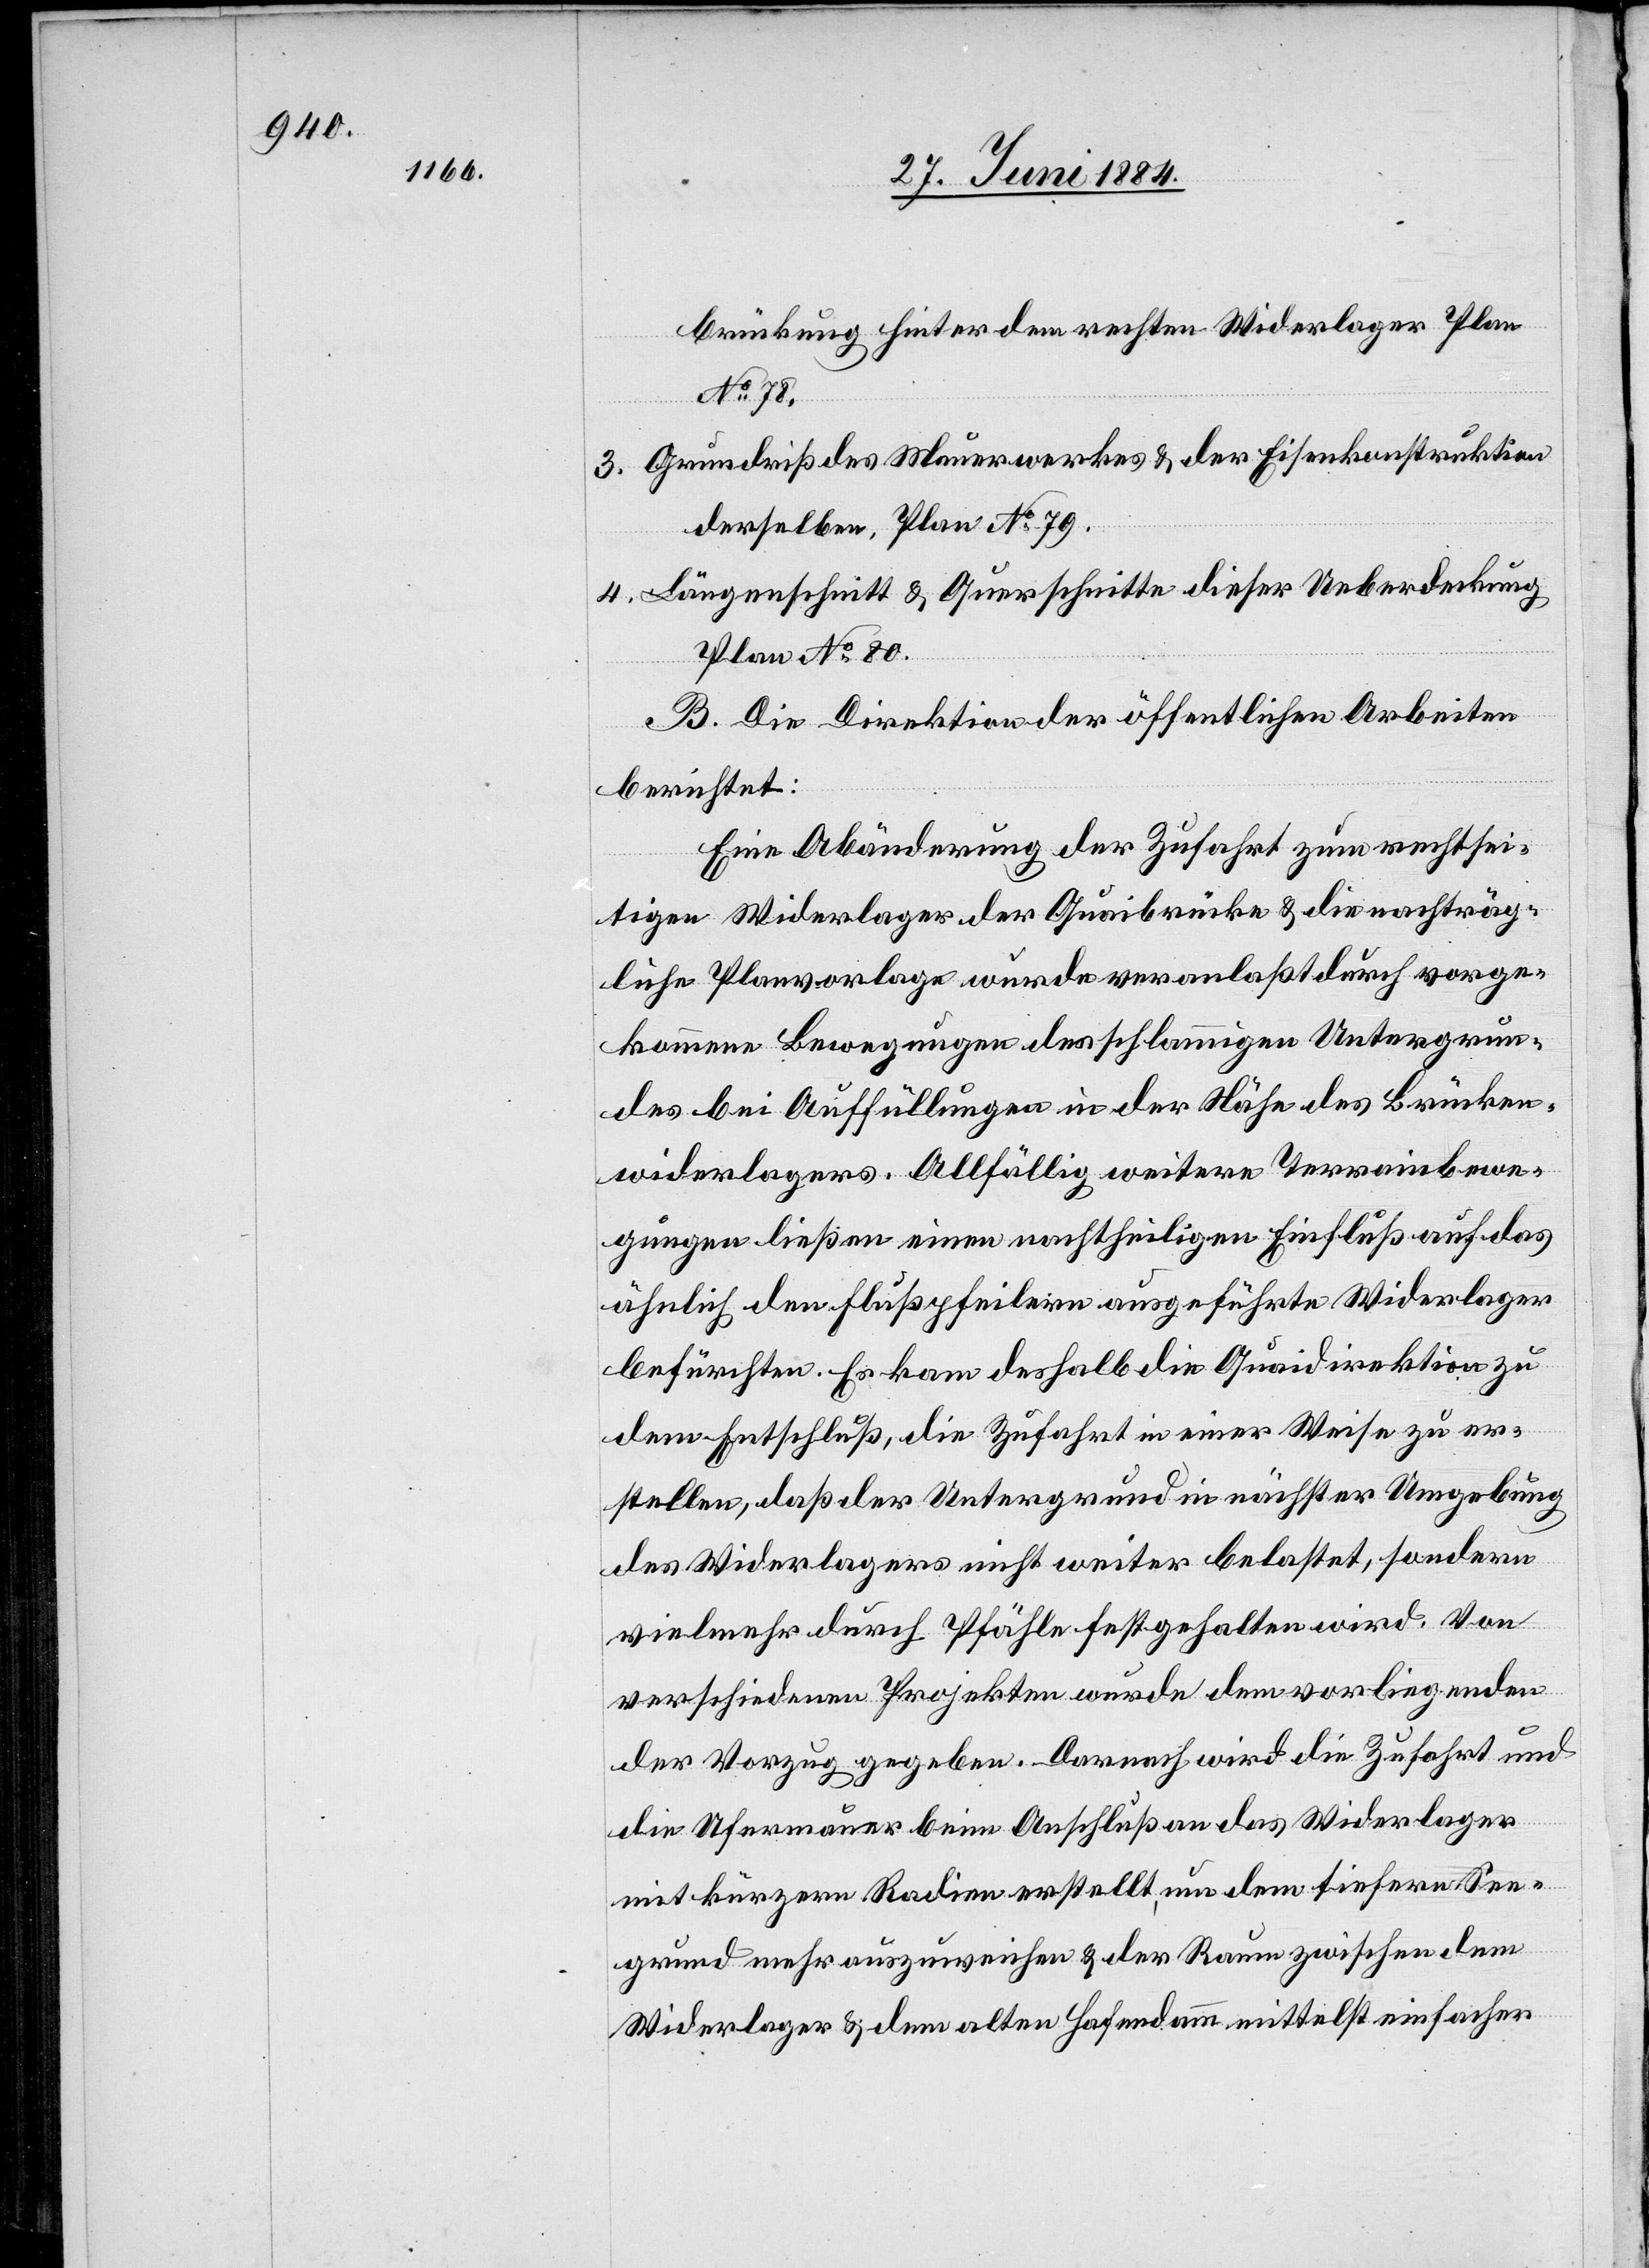
brückung hinter dem rechten Widerlager Plan
No 78.
3. Grundriß des Mauerwerkes & der Eisenkonstruktion
derselben, Plan No 79.
4. Längenschnitt & Querschnitte dieser Ueberdeckung
Plan No 80.
B. Die Direktion der öffentlichen Arbeiten
berichtet:
Eine Abänderung der Zufahrt zum rechtsei¬
tigen Widerlager der Quaibrücke & die nachträg¬
liche Planvorlage wurde veranlaßt durch vorge¬
kommene Bewegungen des schlammigen Untergrun¬
des bei Auffüllungen in der Nähe des Brücken¬
widerlagers. Allfällig weitere Terrainbewe¬
gungen ließen einen nachtheiligen Einfluß auf das
ähnlich den Flußpfeilern ausgeführte Widerlager
befürchten. Es kam deshalb die Quaidirektion zu
dem Entschluß, die Zufahrt in einer Weise zu er¬
stellen, daß der Untergrund in nächster Umgebung
des Widerlagers nicht weiter belastet, sondern
vielmehr durch Pfähle festgehalten wird. Von
verschiedenen Projekten wurde dem vorliegenden
der Vorzug gegeben. Darnach wird die Zufahrt und
die Ufermauer beim Anschluß an das Widerlager
mit kürzeren Radien erstellt, um dem tieferen See¬
grund mehr auszuweichen & der Raum zwischen dem
Widerlager & dem alten Hafendamm mittelst einfacher